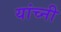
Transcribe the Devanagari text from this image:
यांच्नी